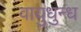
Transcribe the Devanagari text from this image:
वायुधुन्ध